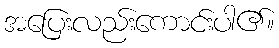
အပြေးလည်းကောင်းပါ၏။